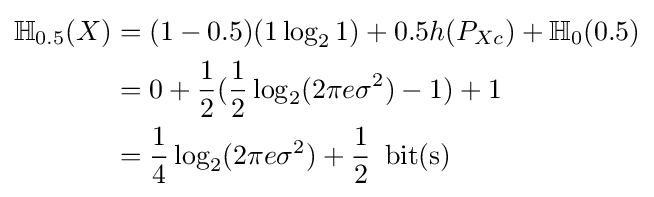
{\begin{aligned}\mathbb {H} _{0.5}(X)&=(1-0.5)(1\log _{2}1)+0.5h(P_{Xc})+\mathbb {H} _{0}(0.5)\\&=0+{\frac {1}{2}}({\frac {1}{2}}\log _{2}(2\pi e\sigma ^{2})-1)+1\\&={\frac {1}{4}}\log _{2}(2\pi e\sigma ^{2})+{\frac {1}{2}}\,{\text{ bit(s)}}\end{aligned}}